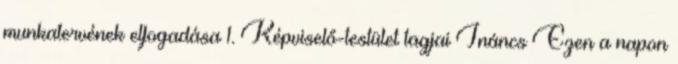
munkatervének elfogadása 1. Képviselő-testület tagjai Ináncs Ezen a napon